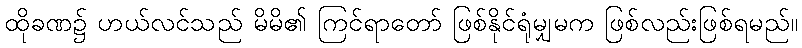
ထိုခဏ၌ ဟယ်လင်သည် မိမိ၏ ကြင်ရာတော် ဖြစ်နိုင်ရုံမျှမက ဖြစ်လည်းဖြစ်ရမည်။